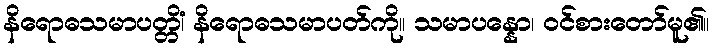
နိရောဓသမာပတ္တိံ၊ နိရောဓသမာပတ်ကို။ သမာပန္နော၊ ဝင်စားတော်မူ၏။